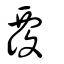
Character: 覆